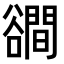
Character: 𧯑